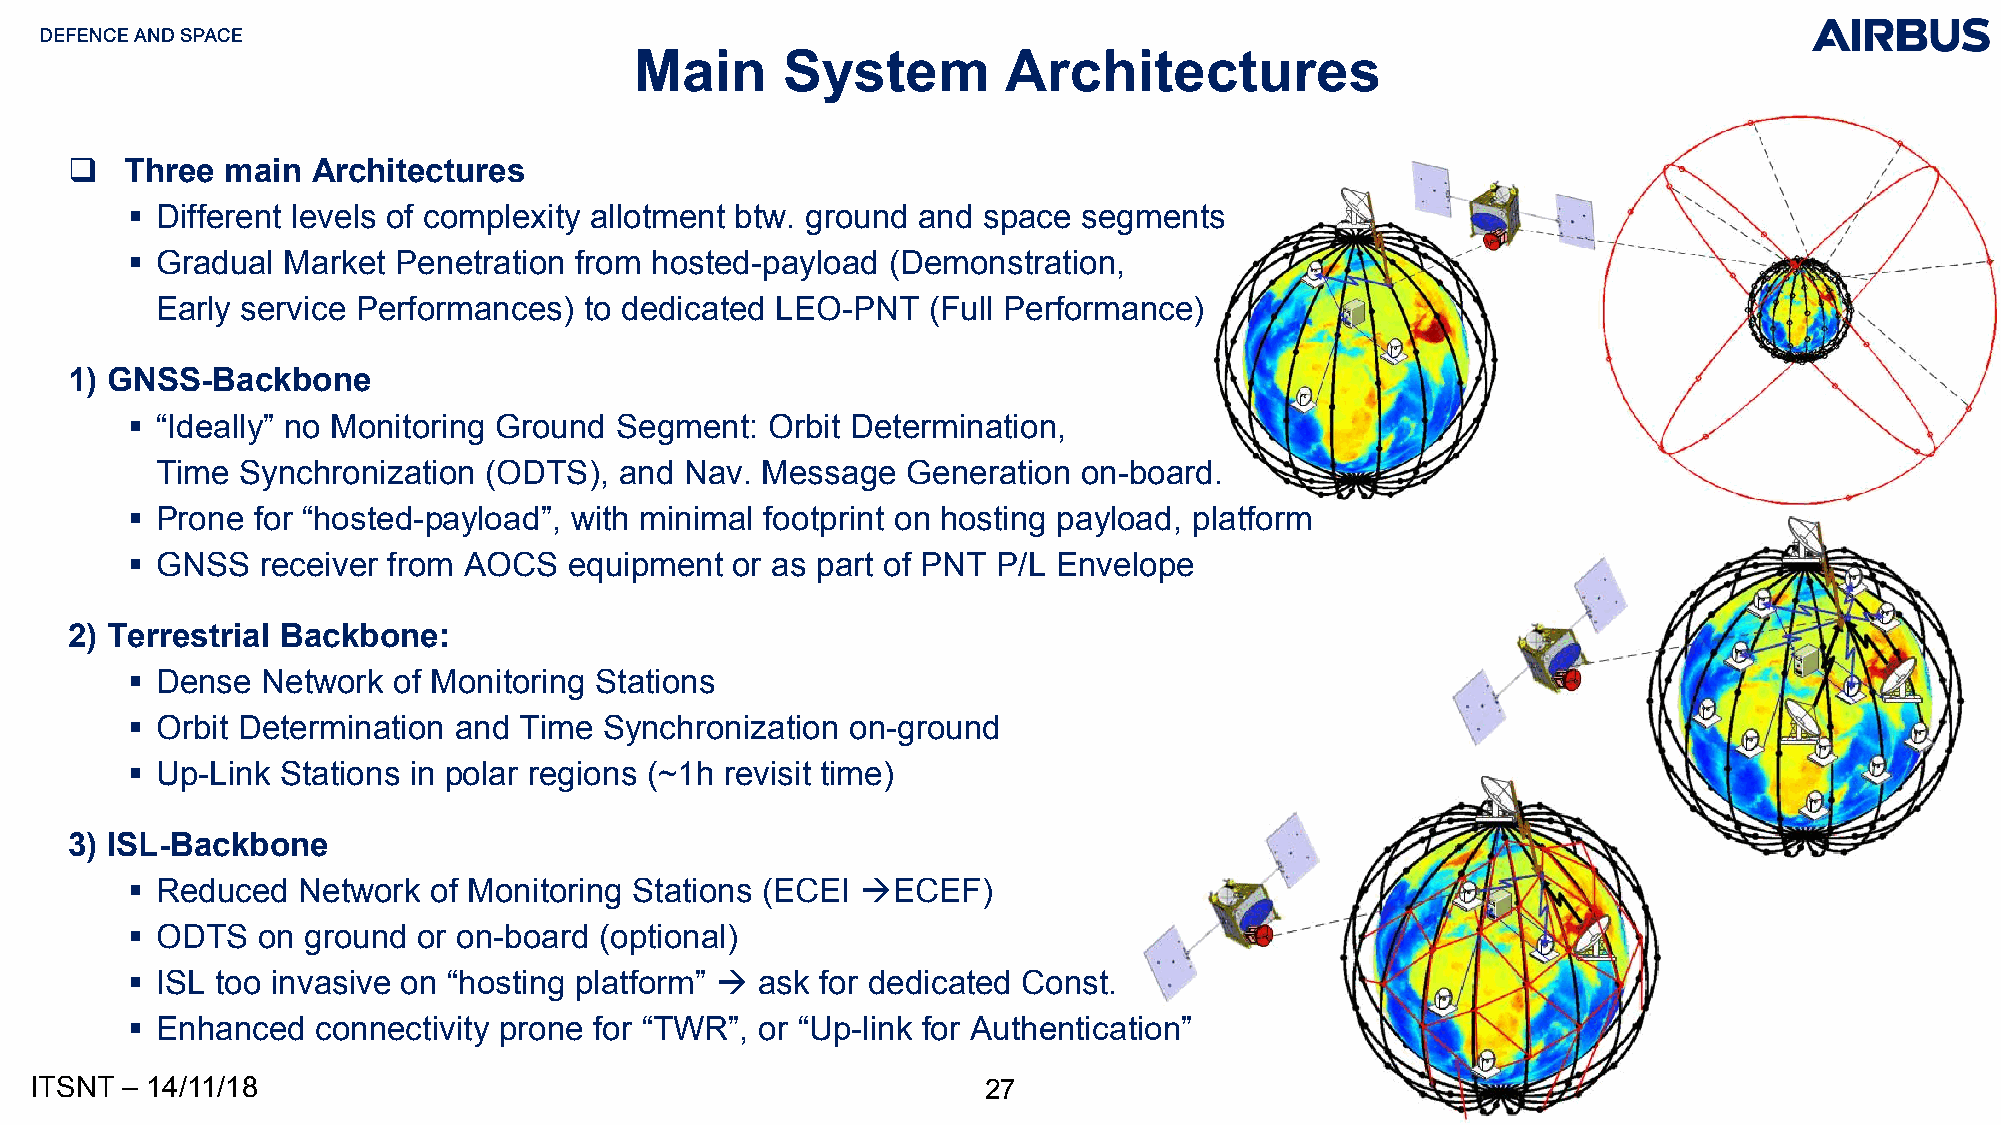
Main      System         Architectures
 ❑  Three  main  Architectures
 ▪ Different levels of complexity allotment btw. ground and space segments
 ▪ Gradual  Market Penetration from hosted-payload  (Demonstration,
 Early service Performances)  to dedicated LEO-PNT  (Full Performance)
 1) GNSS-Backbone
 ▪ “Ideally” no Monitoring Ground Segment:  Orbit Determination,
 Time  Synchronization (ODTS),  and Nav. Message   Generation  on-board.
 ▪ Prone  for “hosted-payload”, with minimal footprint on hosting payload, platform
 ▪ GNSS   receiver from AOCS   equipment or as part of PNT P/L Envelope
 2) Terrestrial Backbone:
 ▪ Dense  Network  of Monitoring Stations
 ▪ Orbit Determination and Time  Synchronization on-ground
 ▪ Up-Link  Stations in polar regions (~1h revisit time)
 3) ISL-Backbone
 ▪ Reduced   Network of Monitoring Stations (ECEI →ECEF)
 ▪ ODTS   on ground  or on-board (optional)
 ▪ ISL too invasive on “hosting platform” → ask for dedicated Const.
 ▪ Enhanced   connectivity prone for “TWR”, or “Up-link for Authentication”
 ITSNT – 14/11/18                                               27